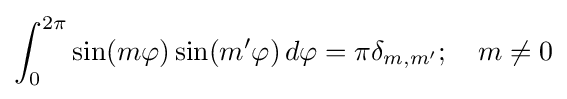
\int _{0}^{2\pi }\sin(m\varphi )\sin(m'\varphi )\,d\varphi =\pi \delta _{m,m'};\quad m\neq 0